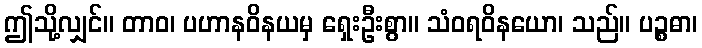
ဤသို့လျှင်။ တာဝ၊ ပဟာနဝိနယမှ ရှေးဦးစွာ။ သံဝရဝိနယော၊ သည်။ ပဉ္စဓာ၊